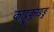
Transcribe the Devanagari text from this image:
काट्टुकूरङङु